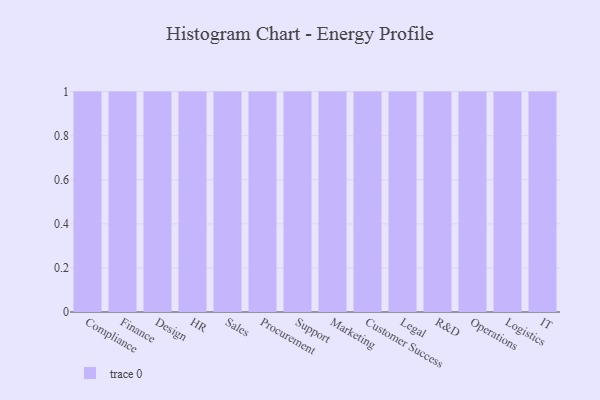
{"axis": {"x": "Department", "y": "Gross Profit (USD K)"}, "legend": [""], "data": [{"x": "Compliance", "y": 94, "type": ""}, {"x": "Finance", "y": 100, "type": ""}, {"x": "Design", "y": 99, "type": ""}, {"x": "HR", "y": 77, "type": ""}, {"x": "Sales", "y": 61, "type": ""}, {"x": "Procurement", "y": 88, "type": ""}, {"x": "Support", "y": 24, "type": ""}, {"x": "Marketing", "y": 61, "type": ""}, {"x": "Customer Success", "y": 44, "type": ""}, {"x": "Legal", "y": 96, "type": ""}, {"x": "R&D", "y": 70, "type": ""}, {"x": "Operations", "y": 36, "type": ""}, {"x": "Logistics", "y": 81, "type": ""}, {"x": "IT", "y": 20, "type": ""}]}